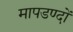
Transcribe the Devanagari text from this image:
मापडण्दों